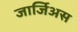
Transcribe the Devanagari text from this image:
जार्जिअस